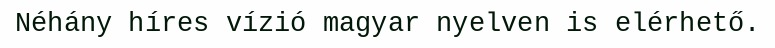
Néhány híres vízió magyar nyelven is elérhető.